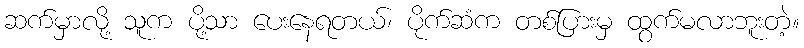
ဆက်မှာလို့ သူက ပို့သာ ပေးနေရတယ်၊ ပိုက်ဆံက တစ်ပြားမှ ထွက်မလာဘူးတဲ့။